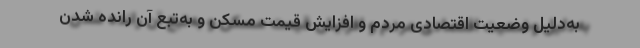
به‌دلیل وضعیت اقتصادی مردم و افزایش قیمت مسکن و به‌تبع آن رانده شدن